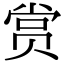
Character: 赏